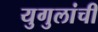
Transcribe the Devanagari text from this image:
युगुलांची